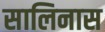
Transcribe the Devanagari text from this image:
सालिनास